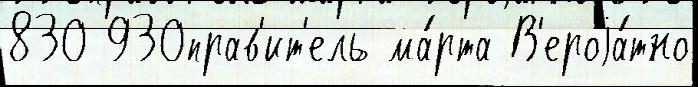
830 930прав'ит'ель ма́рта В'ероjа́тно